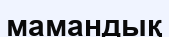
мамандық